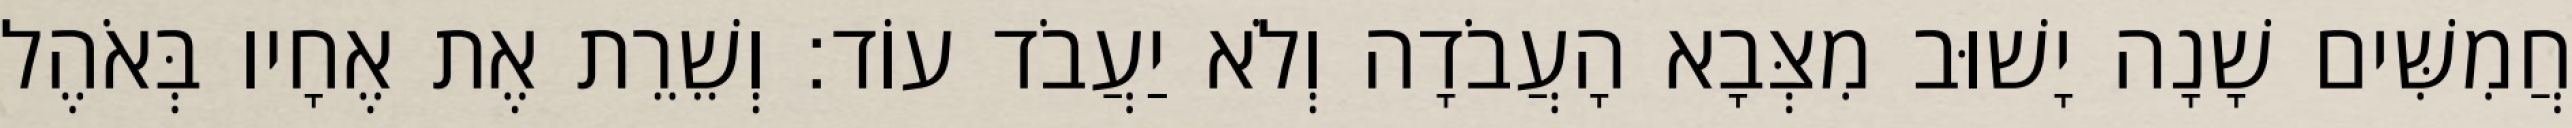
חֲמִשִּׁים שָׁנָה יָשׁוּב מִצְּבָא הָעֲבֹדָה וְלֹא יַעֲבֹד עוֹד׃ וְשֵׁרֵת אֶת אֶחָיו בְּאֹהֶל